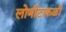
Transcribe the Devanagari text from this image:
लोणीटाकळी